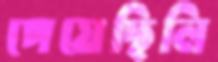
পেয়েছিলি